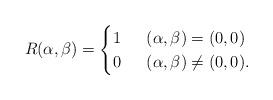
LaTeX: \begin{align*}R(\alpha, \beta) = \begin{cases}1 & \;\; (\alpha, \beta)=(0,0)\\0 & \;\; (\alpha, \beta)\neq (0,0). \end{cases}\end{align*}